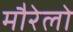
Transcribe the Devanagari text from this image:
मौरेलो